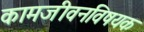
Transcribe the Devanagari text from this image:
कामजीवनविषयक